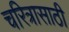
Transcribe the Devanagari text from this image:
चरित्रासाठी